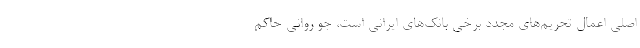
اصلی اعمال تحریم‌های مجدد برخی بانک‌های ایرانی است، جو روانی حاکم